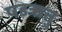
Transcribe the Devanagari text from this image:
षडऋतु